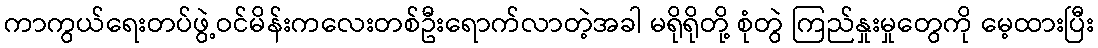
ကာကွယ်ရေးတပ်ဖွဲ့ဝင်မိန်းကလေးတစ်ဦးရောက်လာတဲ့အခါ မရိုရိုတို့ စုံတွဲ ကြည်နှုးမှုတွေကို မေ့ထားပြီး